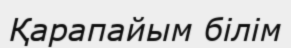
Қарапайым білім